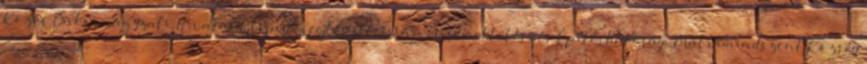
Közös Önkormányzati Hivatal Településfejlesztési, Városüzemeltetési és Építéshatósági Mátramindszent Község